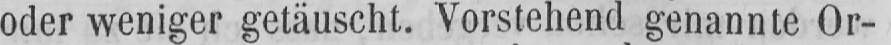
oder weniger getäuscht. Vorstehend genannte Or-